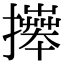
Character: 𢷎